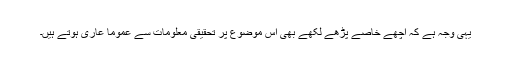
یہی وجہ ہے کہ اچھے خاصے پڑھے لکھے بھی اس موضوع پر تحقیقی معلومات سے عموماً عاری ہوتے ہیں۔